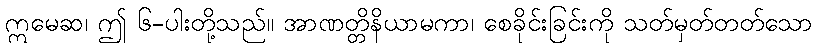
ဣမေဆ၊ ဤ ၆-ပါးတို့သည်။ အာဏတ္တိနိယာမကာ၊ စေခိုင်းခြင်းကို သတ်မှတ်တတ်သော